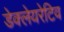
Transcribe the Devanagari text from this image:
डेक्लेयरेटिव